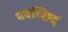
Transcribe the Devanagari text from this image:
भवच्छिदं